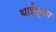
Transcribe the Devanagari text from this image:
थाईपूसम